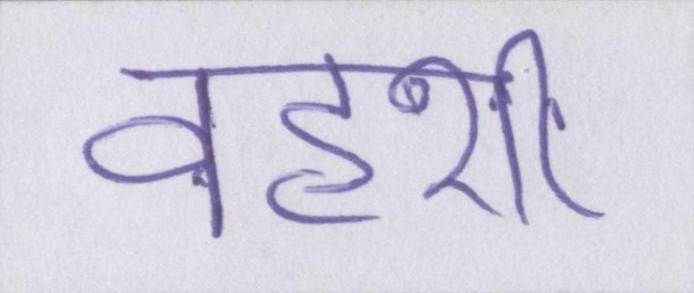
वहशी